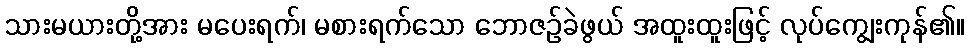
သားမယားတို့အား မပေးရက်၊ မစားရက်သော ဘောဇဉ်ခဲဖွယ် အထူးထူးဖြင့် လုပ်ကျွေးကုန်၏။